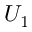
U _ { 1 }